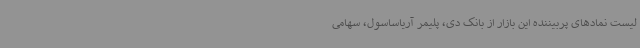
لیست نمادهای پربیننده این بازار از بانک دی، پلیمر آریاساسول، سهامی